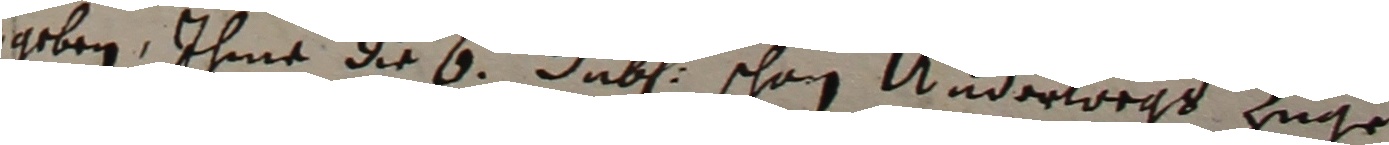
geben, ihme die 6 luben schon undervegt zuge